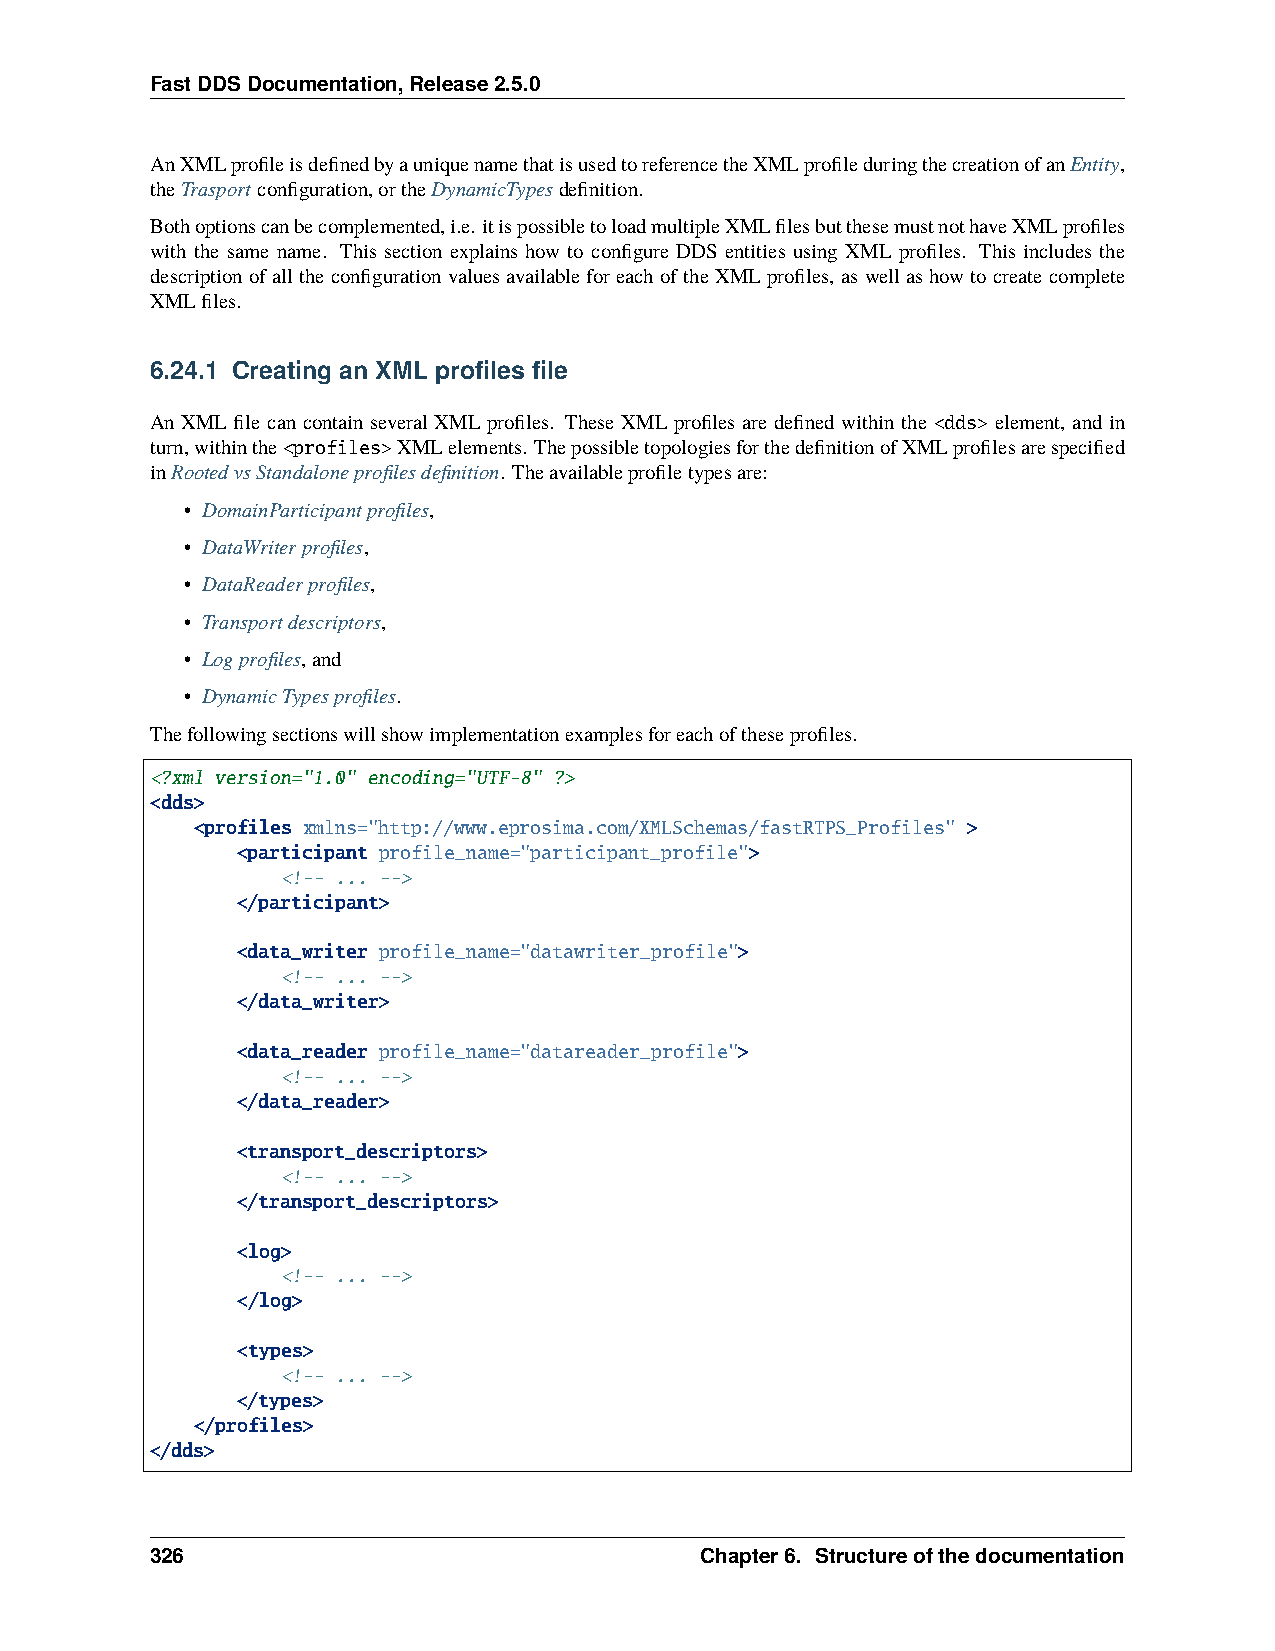
FastDDSDocumentation,Release2.5.0
 AnXMLprofileisdefinedbyauniquenamethatisusedtoreferencetheXMLprofileduringthecreationofanEntity,
 theTrasportconfiguration,ortheDynamicTypesdefinition.
 Bothoptionscanbecomplemented,i.e. itispossibletoloadmultipleXMLfilesbutthesemustnothaveXMLprofiles
 with the same name. This section explains how to configure DDS entities using XML profiles. This includes the
 descriptionofalltheconfigurationvaluesavailableforeachoftheXMLprofiles, aswellashowtocreatecomplete
 XMLfiles.
 6.24.1 Creating an XML profiles file
 An XML file can contain several XML profiles. These XML profiles are defined within the <dds> element, and in
 turn,withinthe<profiles>XMLelements. ThepossibletopologiesforthedefinitionofXMLprofilesarespecified
 inRootedvsStandaloneprofilesdefinition. Theavailableprofiletypesare:
 • DomainParticipantprofiles,
 • DataWriterprofiles,
 • DataReaderprofiles,
 • Transportdescriptors,
 • Logprofiles,and
 • DynamicTypesprofiles.
 Thefollowingsectionswillshowimplementationexamplesforeachoftheseprofiles.
 <?xml version="1.0" encoding="UTF-8" ?>
 <dds>
 <profiles xmlns="http://www.eprosima.com/XMLSchemas/fastRTPS_Profiles" >
 <participant profile_name="participant_profile">
 <!-- ... -->
 </participant>
 <data_writer profile_name="datawriter_profile">
 <!-- ... -->
 </data_writer>
 <data_reader profile_name="datareader_profile">
 <!-- ... -->
 </data_reader>
 <transport_descriptors>
 <!-- ... -->
 </transport_descriptors>
 <log>
 <!-- ... -->
 </log>
 <types>
 <!-- ... -->
 </types>
 </profiles>
 </dds>
 326                                 Chapter6. Structureofthedocumentation